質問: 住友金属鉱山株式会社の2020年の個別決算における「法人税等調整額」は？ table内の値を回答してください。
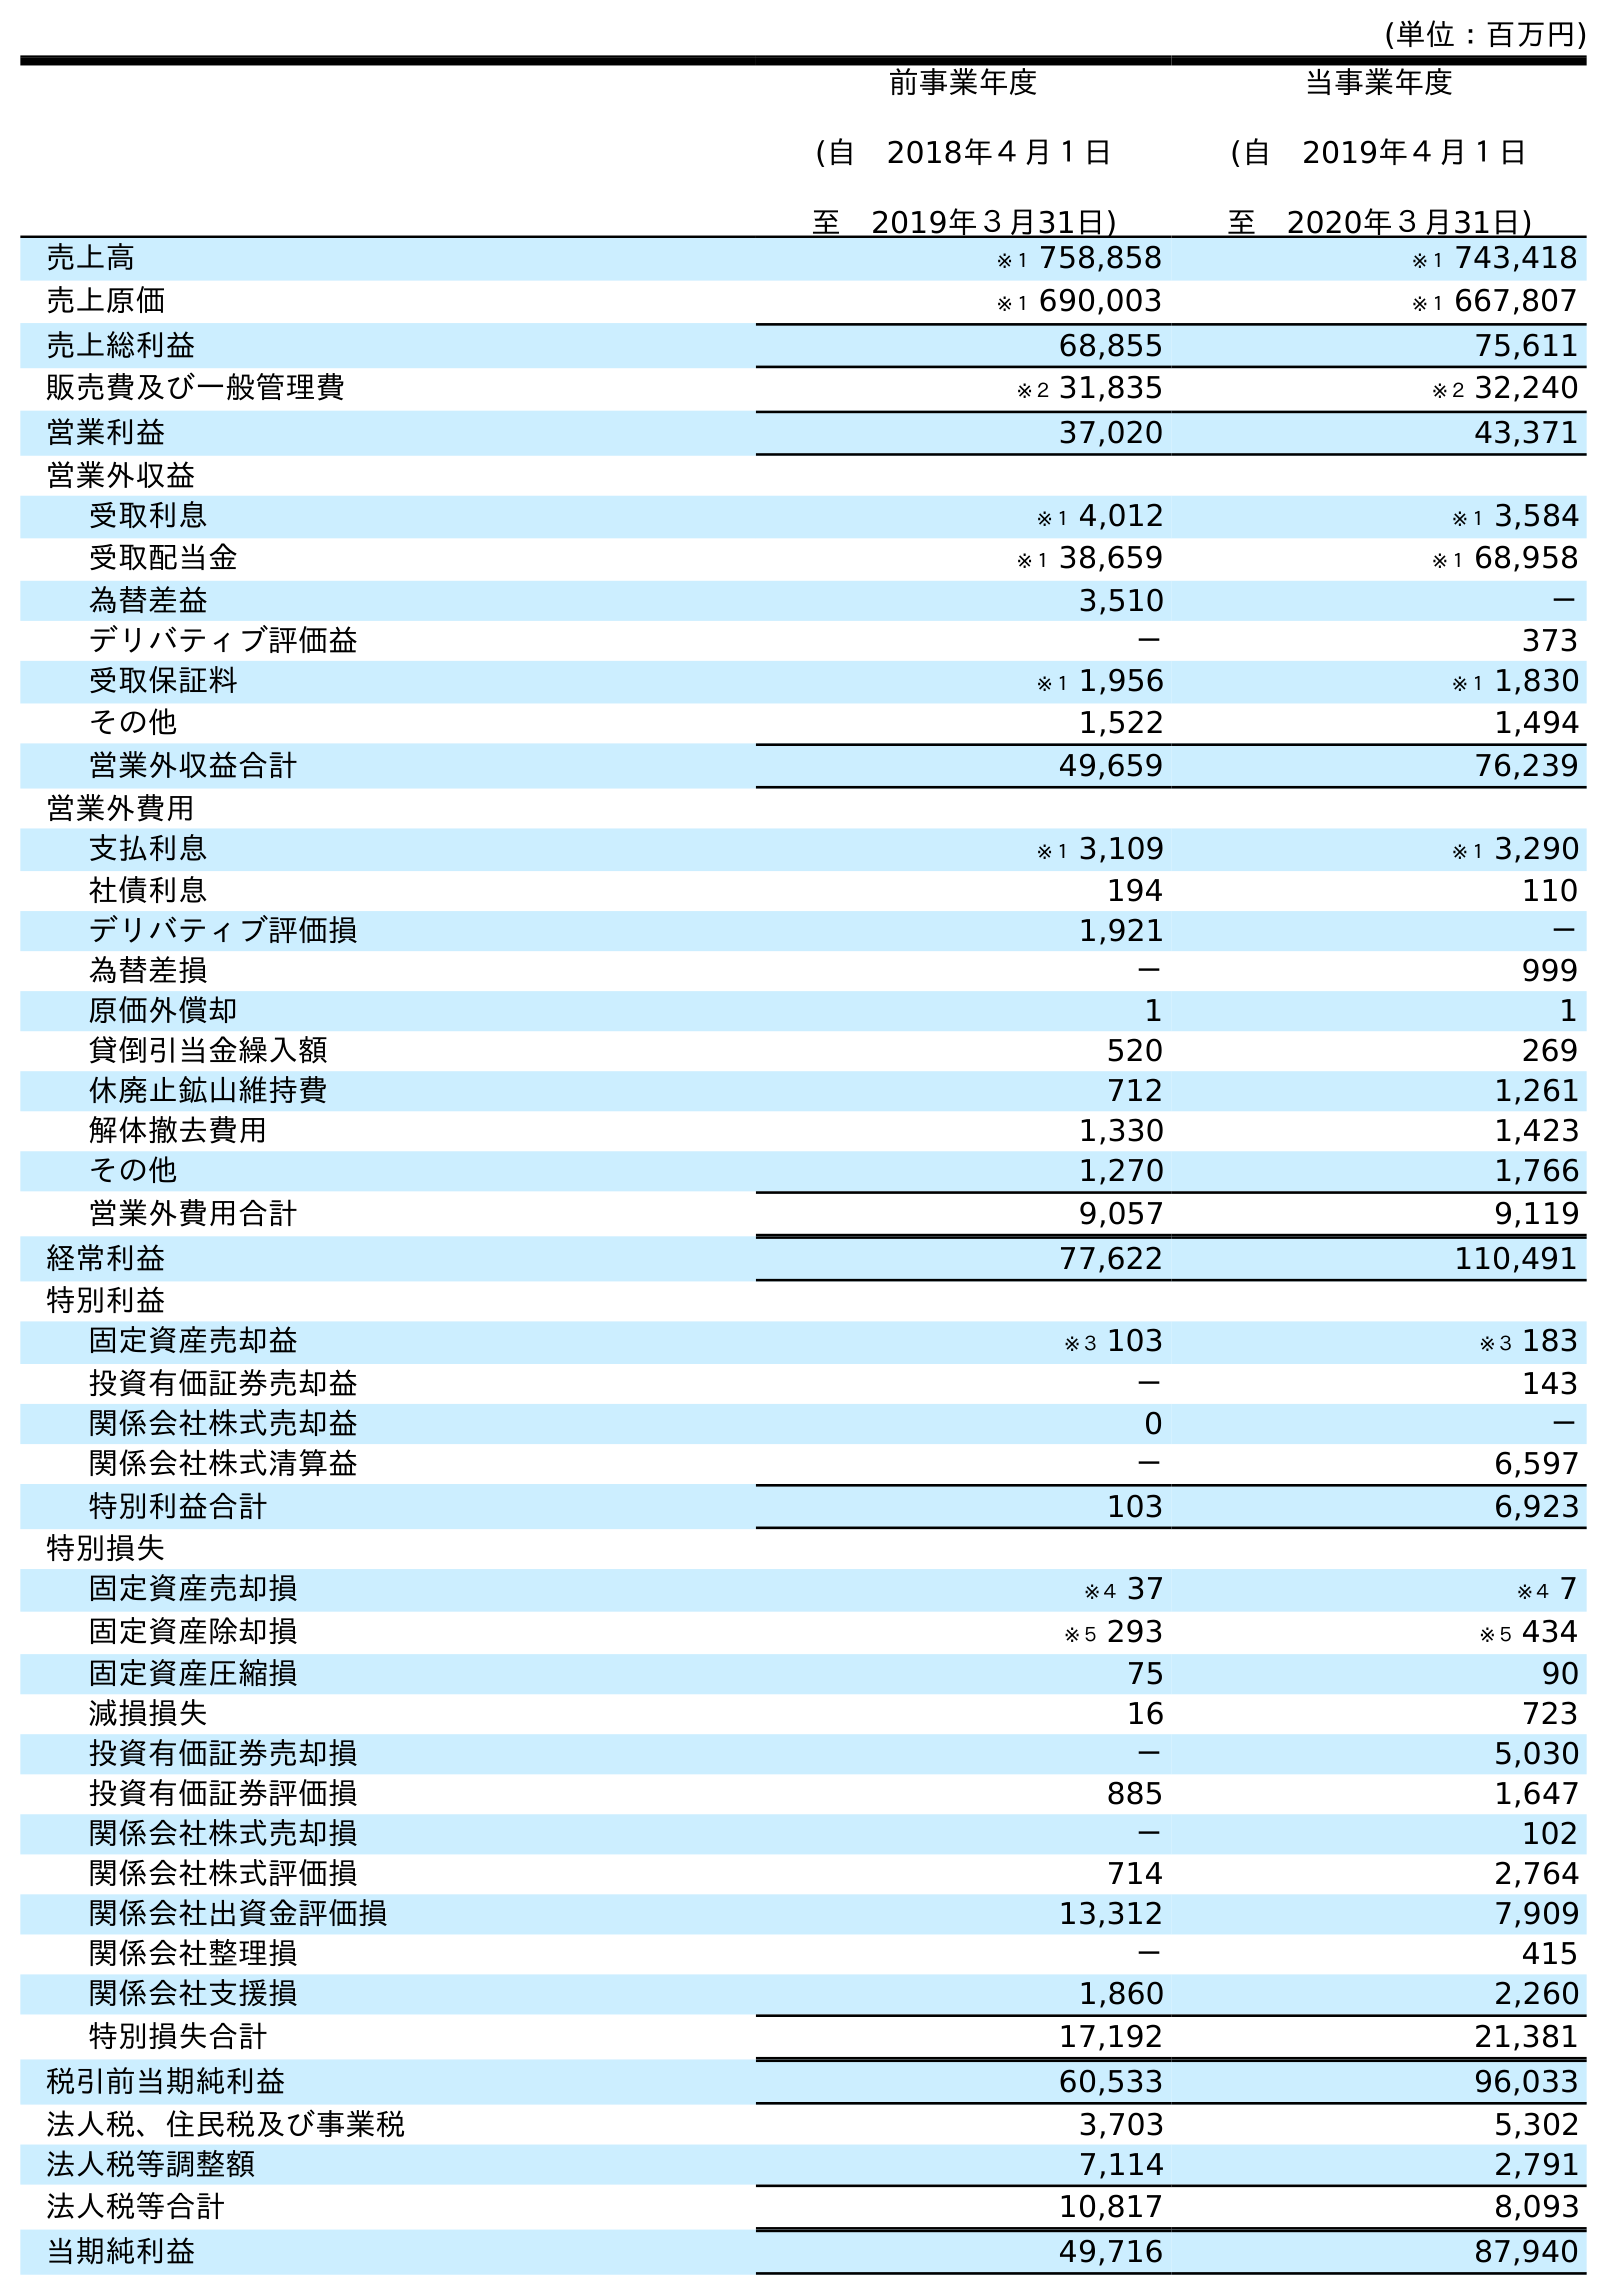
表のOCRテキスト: (単位：百万円) 前事業年度 (自 2018年４月１日 至 2019年３月31日) 当事業年度 (自 2019年４月１日 至 2020年３月31日) 売上高 ※１ 758,858 ※１ 743,418 売上原価 ※１ 690,003 ※１ 667,807 売上総利益 68,855 75,611 販売費及び一般管理費 ※２ 31,835 ※２ 32,240 営業利益 37,020 43,371 営業外収益 受取利息 ※１ 4,012 ※１ 3,584 受取配当金 ※１ 38,659 ※１ 68,958 為替差益 3,510 － デリバティブ評価益 － 373 受取保証料 ※１ 1,956 ※１ 1,830 その他 1,522 1,494 営業外収益合計 49,659 76,239 営業外費用 支払利息 ※１ 3,109 ※１ 3,290 社債利息 194 110 デリバティブ評価損 1,921 － 為替差損 － 999 原価外償却 1 1 貸倒引当金繰入額 520 269 休廃止鉱山維持費 712 1,261 解体撤去費用 1,330 1,423 その他 1,270 1,766 営業外費用合計 9,057 9,119 経常利益 77,622 110,491 特別利益 固定資産売却益 ※３ 103 ※３ 183 投資有価証券売却益 － 143 関係会社株式売却益 0 － 関係会社株式清算益 － 6,597 特別利益合計 103 6,923 特別損失 固定資産売却損 ※４ 37 ※４ 7 固定資産除却損 ※５ 293 ※５ 434 固定資産圧縮損 75 90 減損損失 16 723 投資有価証券売却損 － 5,030 投資有価証券評価損 885 1,647 関係会社株式売却損 － 102 関係会社株式評価損 714 2,764 関係会社出資金評価損 13,312 7,909 関係会社整理損 － 415 関係会社支援損 1,860 2,260 特別損失合計 17,192 21,381 税引前当期純利益 60,533 96,033 法人税、住民税及び事業税 3,703 5,302 法人税等調整額 7,114 2,791 法人税等合計 10,817 8,093 当期純利益 49,716 87,940
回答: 2,791